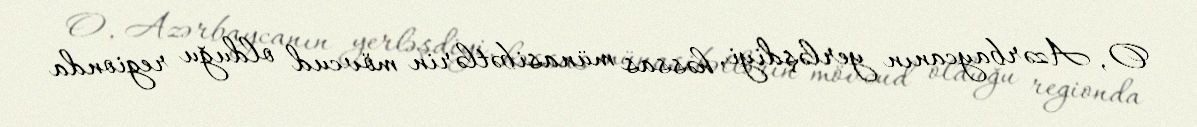
O, Azərbaycanın yerləşdiyi, həssas münasibətlərin mövcud olduğu regionda